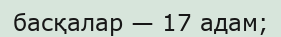
басқалар — 17 адам;